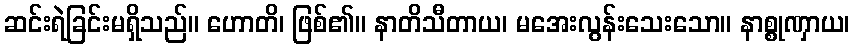
ဆင်းရဲခြင်းမရှိသည်။ ဟောတိ၊ ဖြစ်၏။ နာတိသီတာယ၊ မအေးလွန်းသေးသော။ နာစ္စုဏှာယ၊